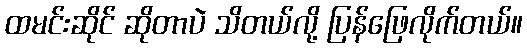
ထမင်းဆိုင် ဆိုတာပဲ သိတယ်လို့ ပြန်ဖြေလိုက်တယ်။